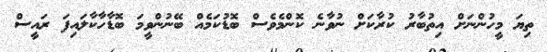
ތިޔަ މީހުންނަށް އިތުބާރު ކުރާކަށް ނުވާނެ ކޮންމެވެސް ބޮޑުކަމެއް ބޭނުންވީމަ ބޮޑާހާކާލައިފަ ރައީސް